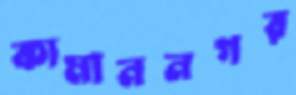
কামাননগর